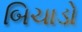
બિચાડો